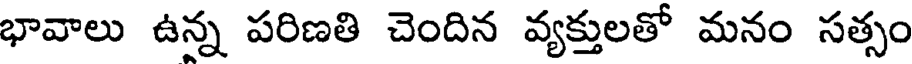
భావాలు ఉన్న పరిణతి చెందిన వ్యక్తులతో మనం సత్సం